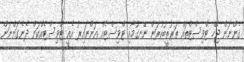
ގެންނަން ޖެހޭ ޓްވިސްޓްތައް ތަރުތީބުކުރަން ނޭނގުމާއި ޓްވިސްޓެއް އަންނައިރު އެއީ ޓްވިސްޓެއްކަން ދެނެގަންނަން